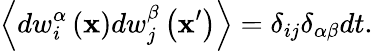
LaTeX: \left\langle dw_{i}^{\alpha}\left(\mathbf{x}\right)dw_{j}^{\beta}\left(\mathbf{x}^{\prime}\right)\right\rangle=\delta_{ij}\delta_{\alpha\beta}dt.